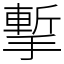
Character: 㨻